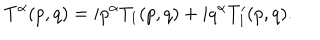
T ^ { \alpha } ( p , q ) = i p ^ { \alpha } T _ { 1 } ( p , q ) + i q ^ { \alpha } T _ { 1 } ^ { \prime } ( p , q ) .